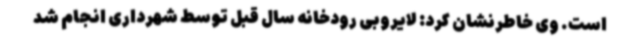
است. وی خاطرنشان کرد: لایروبی رودخانه سال قبل توسط شهرداری انجام شد